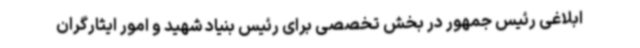
ابلاغی رئیس جمهور در بخش تخصصی برای رئیس بنیاد شهید و امور ایثارگران